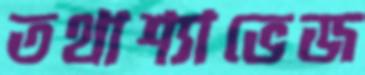
তথাশ্যাভেজ